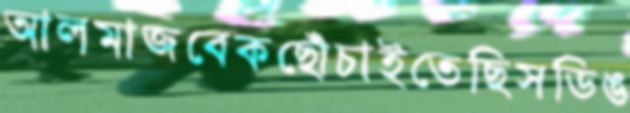
আলমাজবেকছোঁচাইতেছিসডিঙ